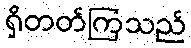
ရှိတတ်ကြသည်